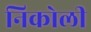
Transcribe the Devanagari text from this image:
निकोली